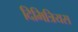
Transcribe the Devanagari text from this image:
दिमित्रियस